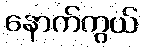
နောက်ကွယ်